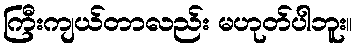
ကြီးကျယ်တာလည်း မဟုတ်ပါဘူး။